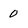
Character: 0